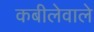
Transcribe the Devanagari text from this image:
कबीलेवाले